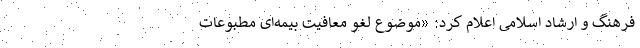
فرهنگ و ارشاد اسلامی اعلام کرد: «موضوع لغو معافیت بیمه‌ای مطبوعات